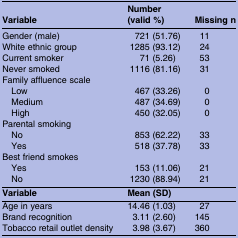
<table><thead><tr><td><b>Variable</b></td><td><b>Number (valid %)</b></td><td><b>Missing n</b></td></tr></thead><tbody><tr><td>Gender (male)</td><td>721 (51.76)</td><td>11</td></tr><tr><td>White ethnic group</td><td>1285 (93.12)</td><td>24</td></tr><tr><td>Current smoker</td><td>71 (5.26)</td><td>53</td></tr><tr><td>Never smoked</td><td>1116 (81.16)</td><td>31</td></tr><tr><td colspan="3">Family affluence scale</td></tr><tr><td> Low</td><td>467 (33.26)</td><td>0</td></tr><tr><td> Medium</td><td>487 (34.69)</td><td>0</td></tr><tr><td> High</td><td>450 (32.05)</td><td>0</td></tr><tr><td colspan="3">Parental smoking</td></tr><tr><td> No</td><td>853 (62.22)</td><td>33</td></tr><tr><td> Yes</td><td>518 (37.78)</td><td>33</td></tr><tr><td colspan="3">Best friend smokes</td></tr><tr><td> Yes</td><td>153 (11.06)</td><td>21</td></tr><tr><td> No</td><td>1230 (88.94)</td><td>21</td></tr><tr><td><b>Variable</b></td><td><b>Mean (SD)</b></td><td>[EMPTY_CELL]</td></tr><tr><td>Age in years</td><td>14.46 (1.03)</td><td>27</td></tr><tr><td>Brand recognition</td><td>3.11 (2.60)</td><td>145</td></tr><tr><td>Tobacco retail outlet density</td><td>3.98 (3.67)</td><td>360</td></tr></tbody></table>